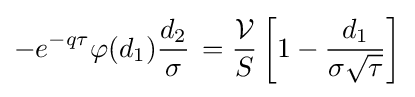
-e^{-q\tau }\varphi (d_{1}){\frac {d_{2}}{\sigma }}\,={\frac {\mathcal {V}}{S}}\left[1-{\frac {d_{1}}{\sigma {\sqrt {\tau }}}}\right]